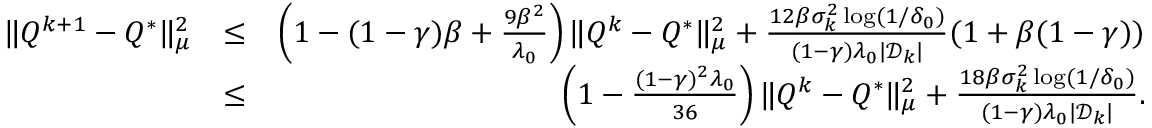
\begin{array} { r l r } { \| Q ^ { k + 1 } - Q ^ { * } \| _ { \mu } ^ { 2 } } & { \leq } & { \left( 1 - ( 1 - \gamma ) \beta + \frac { 9 \beta ^ { 2 } } { \lambda _ { 0 } } \right) \| Q ^ { k } - Q ^ { * } \| _ { \mu } ^ { 2 } + \frac { 1 2 \beta \sigma _ { k } ^ { 2 } \log ( 1 / \delta _ { 0 } ) } { ( 1 - \gamma ) \lambda _ { 0 } | \mathcal { D } _ { k } | } ( 1 + \beta ( 1 - \gamma ) ) } \\ & { \leq } & { \left( 1 - \frac { ( 1 - \gamma ) ^ { 2 } \lambda _ { 0 } } { 3 6 } \right) \| Q ^ { k } - Q ^ { * } \| _ { \mu } ^ { 2 } + \frac { 1 8 \beta \sigma _ { k } ^ { 2 } \log ( 1 / \delta _ { 0 } ) } { ( 1 - \gamma ) \lambda _ { 0 } | \mathcal { D } _ { k } | } . } \end{array}